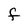
Character: F